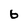
Character: b